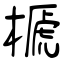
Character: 榹